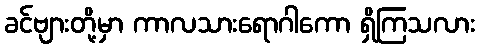
ခင်ဗျားတို့မှာ ကာလသားရောဂါကော ရှိကြသလား